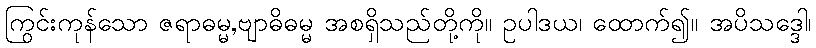
ကြွင်းကုန်သော ဇရာဓမ္မ,ဗျာဓိဓမ္မ အစရှိသည်တို့ကို။ ဥပါဒယ၊ ထောက်၍။ အပိသဒ္ဒေါ၊